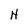
Character: H